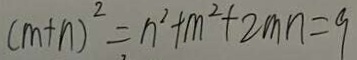
( m + n ) ^ { 2 } = n ^ { 2 } + m ^ { 2 } + 2 m n = 9